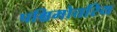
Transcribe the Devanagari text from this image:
पश्चिमोत्तरिय